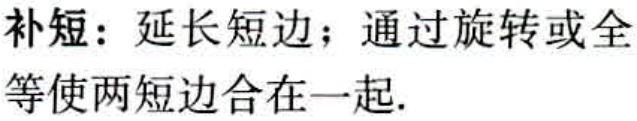
补短：延长短边；通过旋转或全等使两短边合在一起.